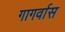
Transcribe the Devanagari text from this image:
गागर्वास